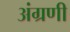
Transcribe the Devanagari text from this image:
अंग्रणी